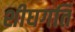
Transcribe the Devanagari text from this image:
शीघगति